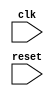
module APB_Controller (
    input wire clk,
    input wire reset,
    // Add other input/output ports as needed
);

// Add Verilog code here to implement the APB bus controller functionality

endmodule